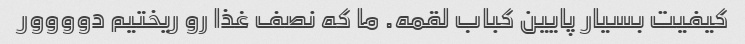
کیفیت بسیار پایین کباب لقمه. ما که نصف غذا رو ریختیم دوووور